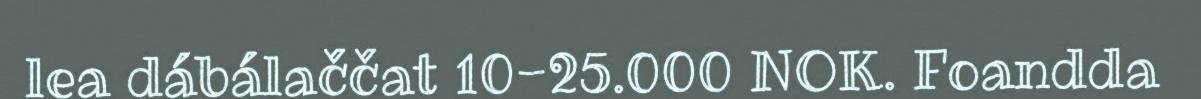
lea dábálaččat 10-25.000 NOK. Foandda